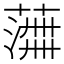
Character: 𫉰